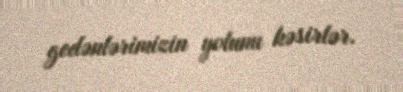
gedənlərimizin yolunu kəsirlər.